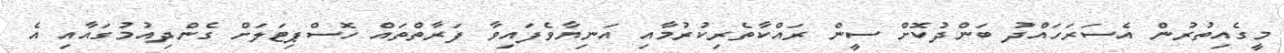
މީގެއިތުރުން އެސަރަހައްދު ބަންދުކޮށް ސީން ރައްކާތެރިކުރުމާއި އަނިޔާވެފައިވާ ފަރާތްތައް ހޮސްޕިޓަލަށް ގެންދިއުމުގައާއި އެ